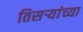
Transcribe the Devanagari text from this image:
तिसऱ्यांच्या